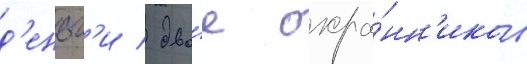
д'еньг'и / дво́е охра́нн'иков